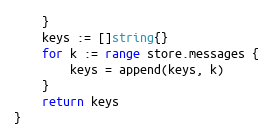
Language: Go
	}
	keys := []string{}
	for k := range store.messages {
		keys = append(keys, k)
	}
	return keys
}